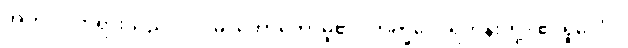
အဟံ၊ ငါဘုရားသည်။ ဝဒါမိ၊ ဟောတော်မူ၏။ ဘိက္ခဝေ၊ ရဟန်းတို့။ ဧဝရူပေါပိ၊